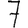
Digit: 7